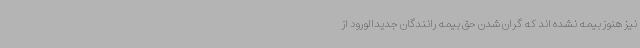
نیز هنوز بیمه نشده اند که گران شدن حق بیمه رانندگان جدیدالورود از